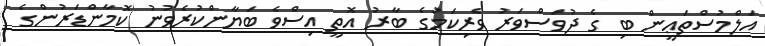
އަލްމުސްތަޢީން ބި ގެ ދުވަސްވަރު ވެރިކަމުގެ ބާރު އޮތީ އިސްވެ ބަޔާންކުރެވުނު ކޮމާންޑަރުންގެ